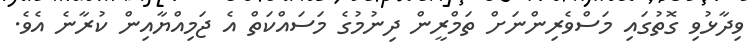
ވިދާޅުވި ގޮތުގައި މަސްވެރިންނަށް ތަމްރީން ދިނުމުގެ މަސައްކަތް އެ ޖަމިއްޔާއިން ކުރާނެ އެވެ.